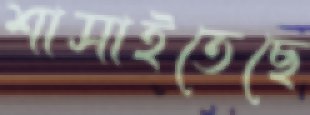
শাসাইতেছে